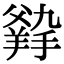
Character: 𤕛